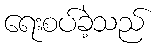
ရေးစပ်ခဲ့သည်